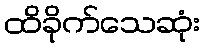
ထိခိုက်သေဆုံး